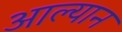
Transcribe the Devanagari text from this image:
आल्यान